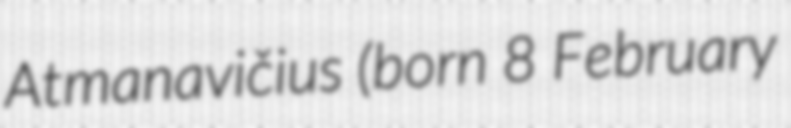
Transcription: Atmanavičius (born 8 February